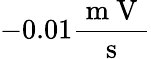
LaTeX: -0.01\frac{\mathrm{~m~V~}}{\mathrm{~s~}}